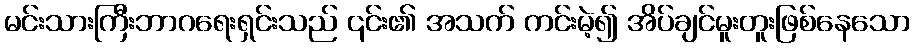
မင်းသားကြီးဘာဂရေးရှင်းသည် ၎င်း၏ အသက် ကင်းမဲ့၍ အိပ်ချင်မူးတူးဖြစ်နေသော